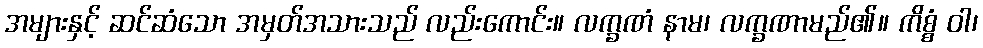
အများနှင့် ဆင်ဆံသော အမှတ်အသားသည် လည်းကောင်း။ လက္ခဏံ နာမ၊ လက္ခဏာမည်၏။ ကိစ္စံ ဝါ၊